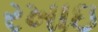
રખાઇ